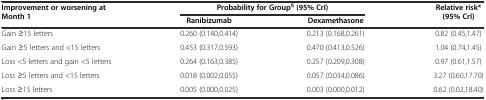
| Improvement or worsening at Month 1 | <COLSPAN=2> Probability for Group§ (95% CrI) | Relative risk* (95% CrI) |
 |  | Ranibizumab | Dexamethasone |  |
 | --- | --- | --- | --- |
 | Gain ≥15 letters | 0.260 (0.140,0.414) | 0.213 (0.168,0.261) | 0.82 (0.45,1.47) |
 | Gain ≥5 letters and <15 letters | 0.453 (0.317,0.593) | 0.470 (0.413,0.526) | 1.04 (0.74,1.45) |
 | Loss <5 letters and gain <5 letters | 0.264 (0.163,0.385) | 0.257 (0.209,0.308) | 0.97 (0.61,1.57) |
 | Loss ≥5 letters and <15 letters | 0.018 (0.002,0.055) | 0.057 (0.034,0.086) | 3.27 (0.60,17.70) |
 | Loss ≥15 letters | 0.005 (0.000,0.025) | 0.003 (0.000,0.012) | 0.62 (0.02,18.40) |